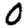
Digit: 0